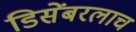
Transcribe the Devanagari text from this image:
डिसेंबरलाच